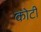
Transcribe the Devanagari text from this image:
काेटी